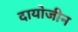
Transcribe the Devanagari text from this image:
दायोजीन